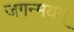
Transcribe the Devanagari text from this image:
जगन्मयम्